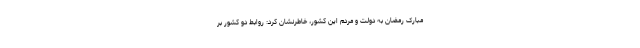
مبارک رمضان به دولت و مردم این کشور، خاطرنشان کرد: روابط دو کشور بر